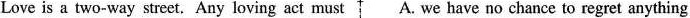
Love is a two-way street.Any loving act must A. we have no chance to regret anything